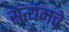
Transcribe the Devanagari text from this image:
सत्यमचे